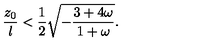
{ \frac { z _ { 0 } } { l } } < { \frac { 1 } { 2 } } \sqrt { - { \frac { 3 + 4 \omega } { 1 + \omega } } } .